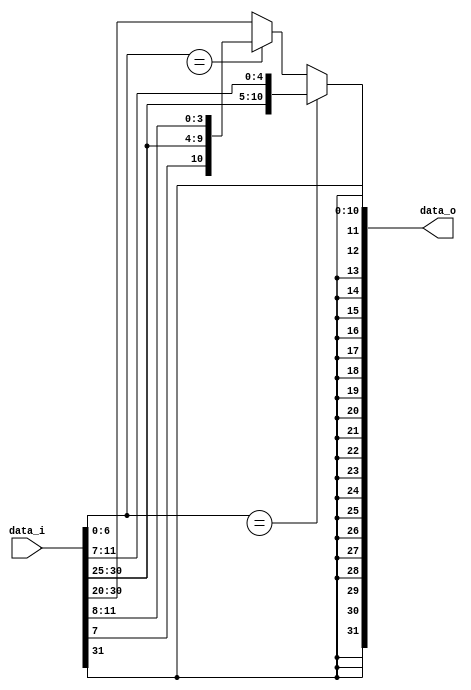
module Sign_Extend
(
    data_i, 
    data_o
);

// Ports
input   [31:0]      data_i;
output  [31:0]      data_o;

wire    [6:0]       funct7;
wire    [2:0]       funct3;
wire    [6:0]       opcode;
wire    [4:0]       RS1addr;
wire    [4:0]       RS2addr;
wire    [4:0]       RDaddr;

assign funct7 = data_i[31:25];
assign RS2addr = data_i[24:20];
assign RS1addr = data_i[19:15];
assign funct3 = data_i[14:12];
assign RDaddr = data_i[11:7];
assign opcode = data_i[6:0];

assign data_o =
    (opcode == CPU.OP_STORE) ? {{20{funct7[6]}}, funct7, RDaddr}:
    (opcode == CPU.OP_BRANCH) ? {{21{funct7[6]}}, RDaddr[0], funct7[5:0], RDaddr[4:1]}:
    {{20{funct7[6]}}, funct7, RS2addr};

endmodule